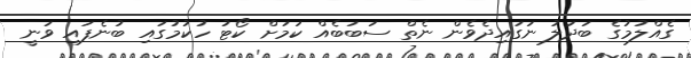
ގެއްލުމުގެ ބަދަލު ނަގައިދެވެން ނެތް ސަބަބެއް ކަމަށް ކޯޓު ހުކުމުގައި ބުނެފައި ވަނީ